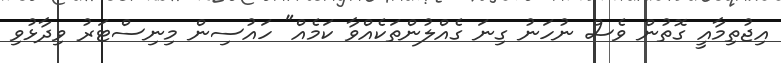
އިޖުތިމާއީ ގޮތުން ވެސް ނުހަނު ގިނަ ގެއްލުންތަކެއްވާ ކަމެއް" ހައުސިން މިނިސްޓަރު ވިދާޅުވި